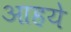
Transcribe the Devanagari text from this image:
आहये